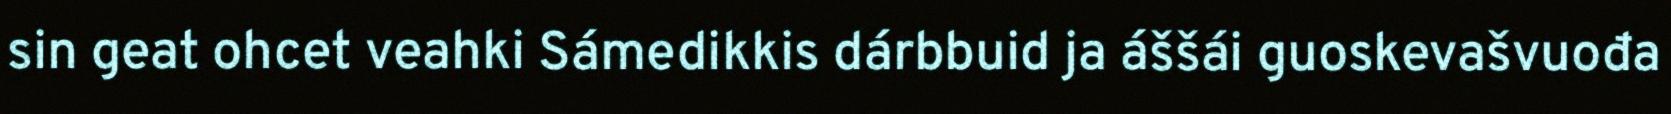
sin geat ohcet veahki Sámedikkis dárbbuid ja áššái guoskevašvuođa